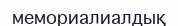
мемориалиалдық